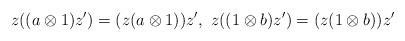
LaTeX: \begin{align*}z((a\otimes 1)z')=(z(a\otimes 1))z',~z((1\otimes b)z')=(z(1\otimes b))z'\end{align*}